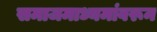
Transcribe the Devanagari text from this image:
समाजमाध्यमांवरून